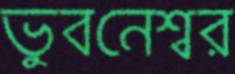
ভুবনেশ্বর